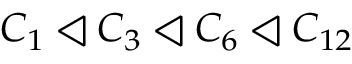
C _ { 1 } \triangleleft C _ { 3 } \triangleleft C _ { 6 } \triangleleft C _ { 1 2 }